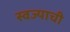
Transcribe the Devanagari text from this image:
स्वज्याची